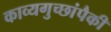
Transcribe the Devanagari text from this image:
काव्यगुच्छांपैकी